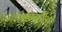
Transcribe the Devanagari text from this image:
एसर्टारिक